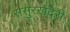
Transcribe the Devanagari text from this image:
ससुरखदेरी